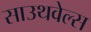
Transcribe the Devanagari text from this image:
साउथवेल्स